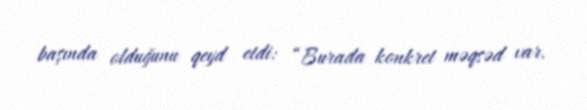
başında olduğunu qeyd etdi: “Burada konkret məqsəd var.